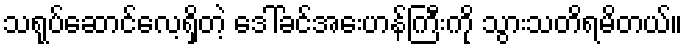
သရုပ်ဆောင်လေ့ရှိတဲ့ ဒေါ်ခင်အေးဟန်ကြီးကို သွားသတိရမိတယ်။